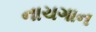
નાચગાન